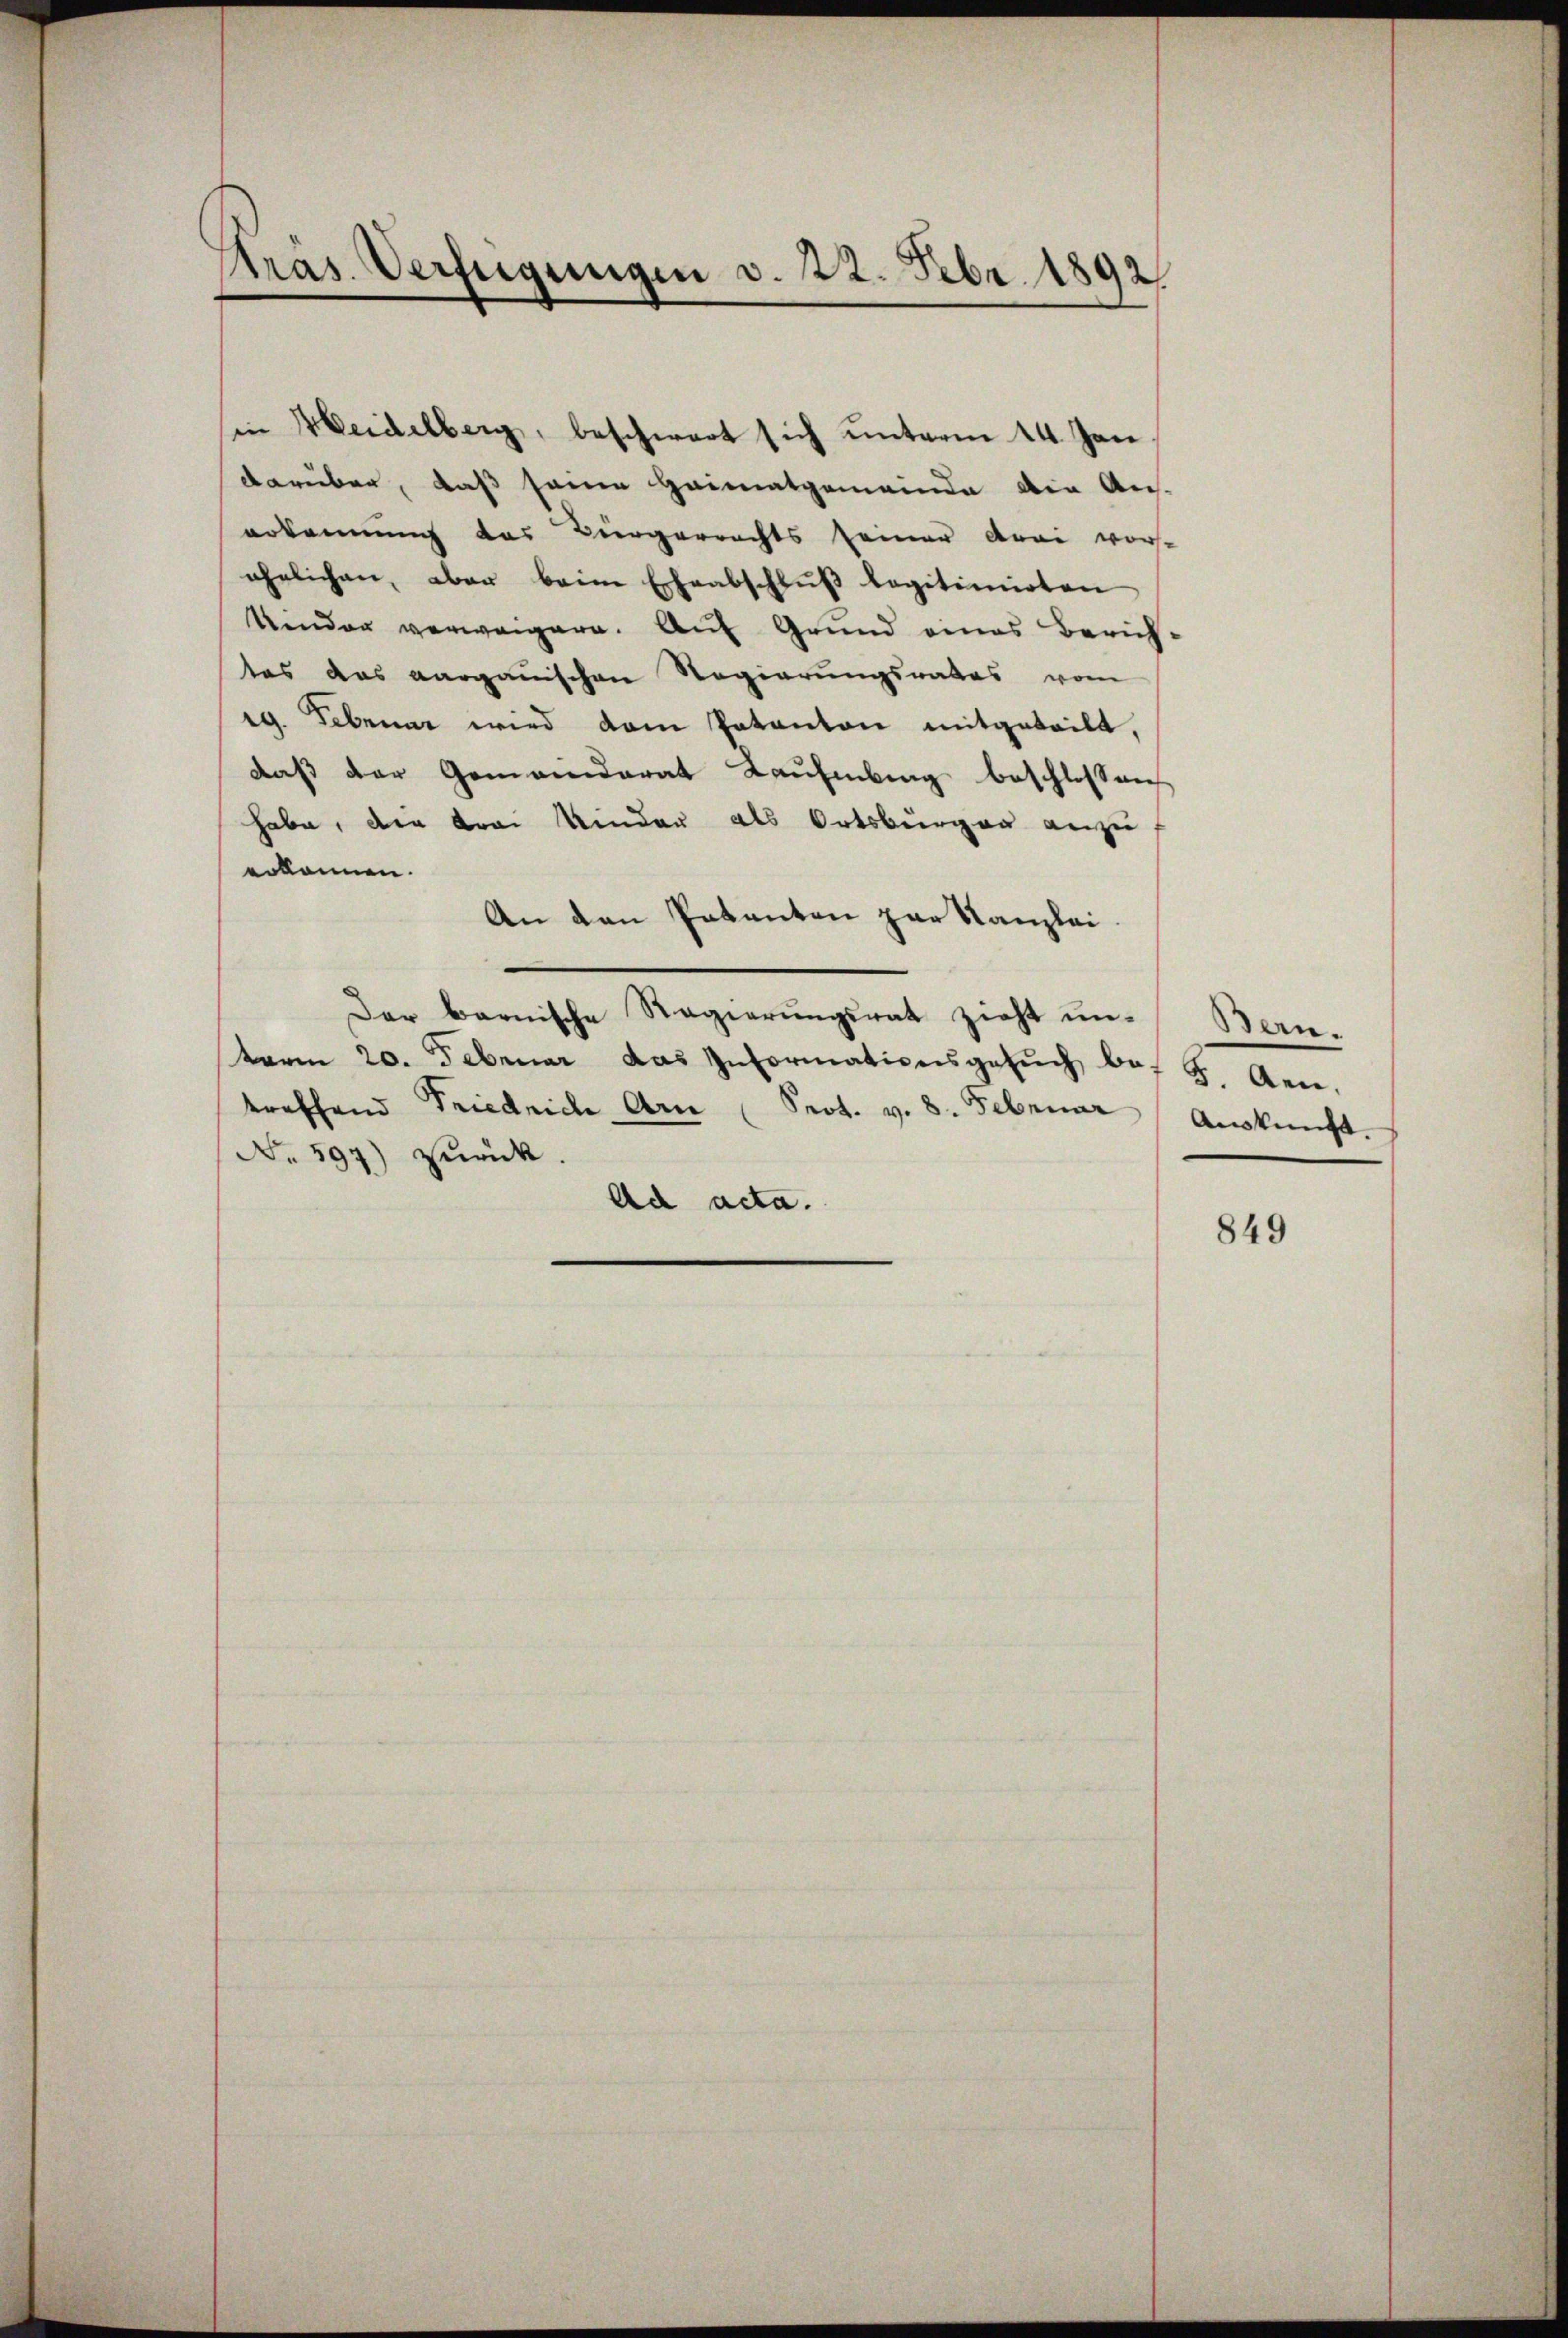
Pras. Verfügungen v. 22. Febr. 1892.

in Heidelberg, beschwart sich unterm 14. Jan
darüber, daß seine Heimatgemeinde der Aus-
erkennung des Bürgerrechts seiner drei vor-
ehelichen, aber beim Eheabschlŭβ legitimirten
kinder verweigere. Auf Grund eines Zürich-
tes das Aargauischen Regierungsrates vom
ig. Februar wird dem Patanton mitgeteilt,
daß der Gemeinderat Kaufmburg beschlossnich
habe, die Frei Kinder als Ortsbürger anzu
erkannen.
An den Patenten zur Kanzlei.
Der barnische Regierŭngsrat zieht un-Bern-
term 20. Februar das Informationsgesŭch be- 5. Gen.
treffend Friedrich Arn Prot. v. 8. Februar  Aŭskŭnft.
No 597) zurück.
Ad acta.

849